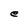
Character: e